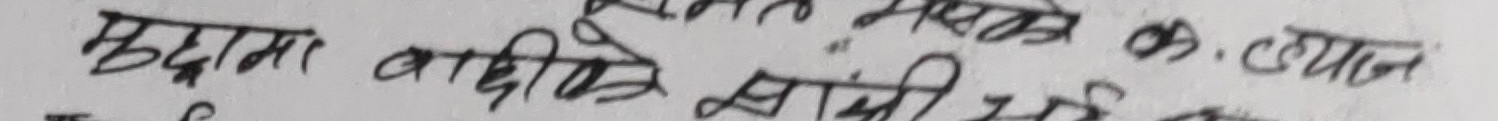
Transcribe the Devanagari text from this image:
मुदाम बादीले सामी छ।